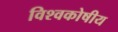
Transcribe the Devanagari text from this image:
विश्वकोषीय